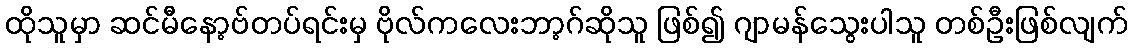
ထိုသူမှာ ဆင်မီနော့ဗ်တပ်ရင်းမှ ဗိုလ်ကလေးဘာ့ဂ်ဆိုသူ ဖြစ်၍ ဂျာမန်သွေးပါသူ တစ်ဦးဖြစ်လျက်